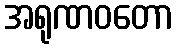
အရုဏဝတော